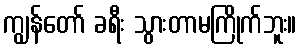
ကျွန်တော် ခရီး သွားတာမကြိုက်ဘူး။